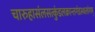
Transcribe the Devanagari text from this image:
चारुहासंलसत्कुंडलक्रान्तगंडस्थलांगम्‌